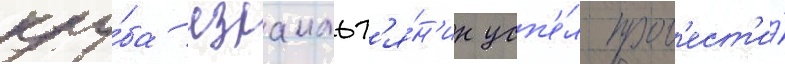
клу́ба израильт'я́н'ин усп'е́л пров'ест'и́